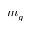
m _ { g }